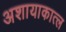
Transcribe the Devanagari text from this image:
अशायाकात्ल